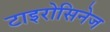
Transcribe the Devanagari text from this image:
टाइरोसिनेज